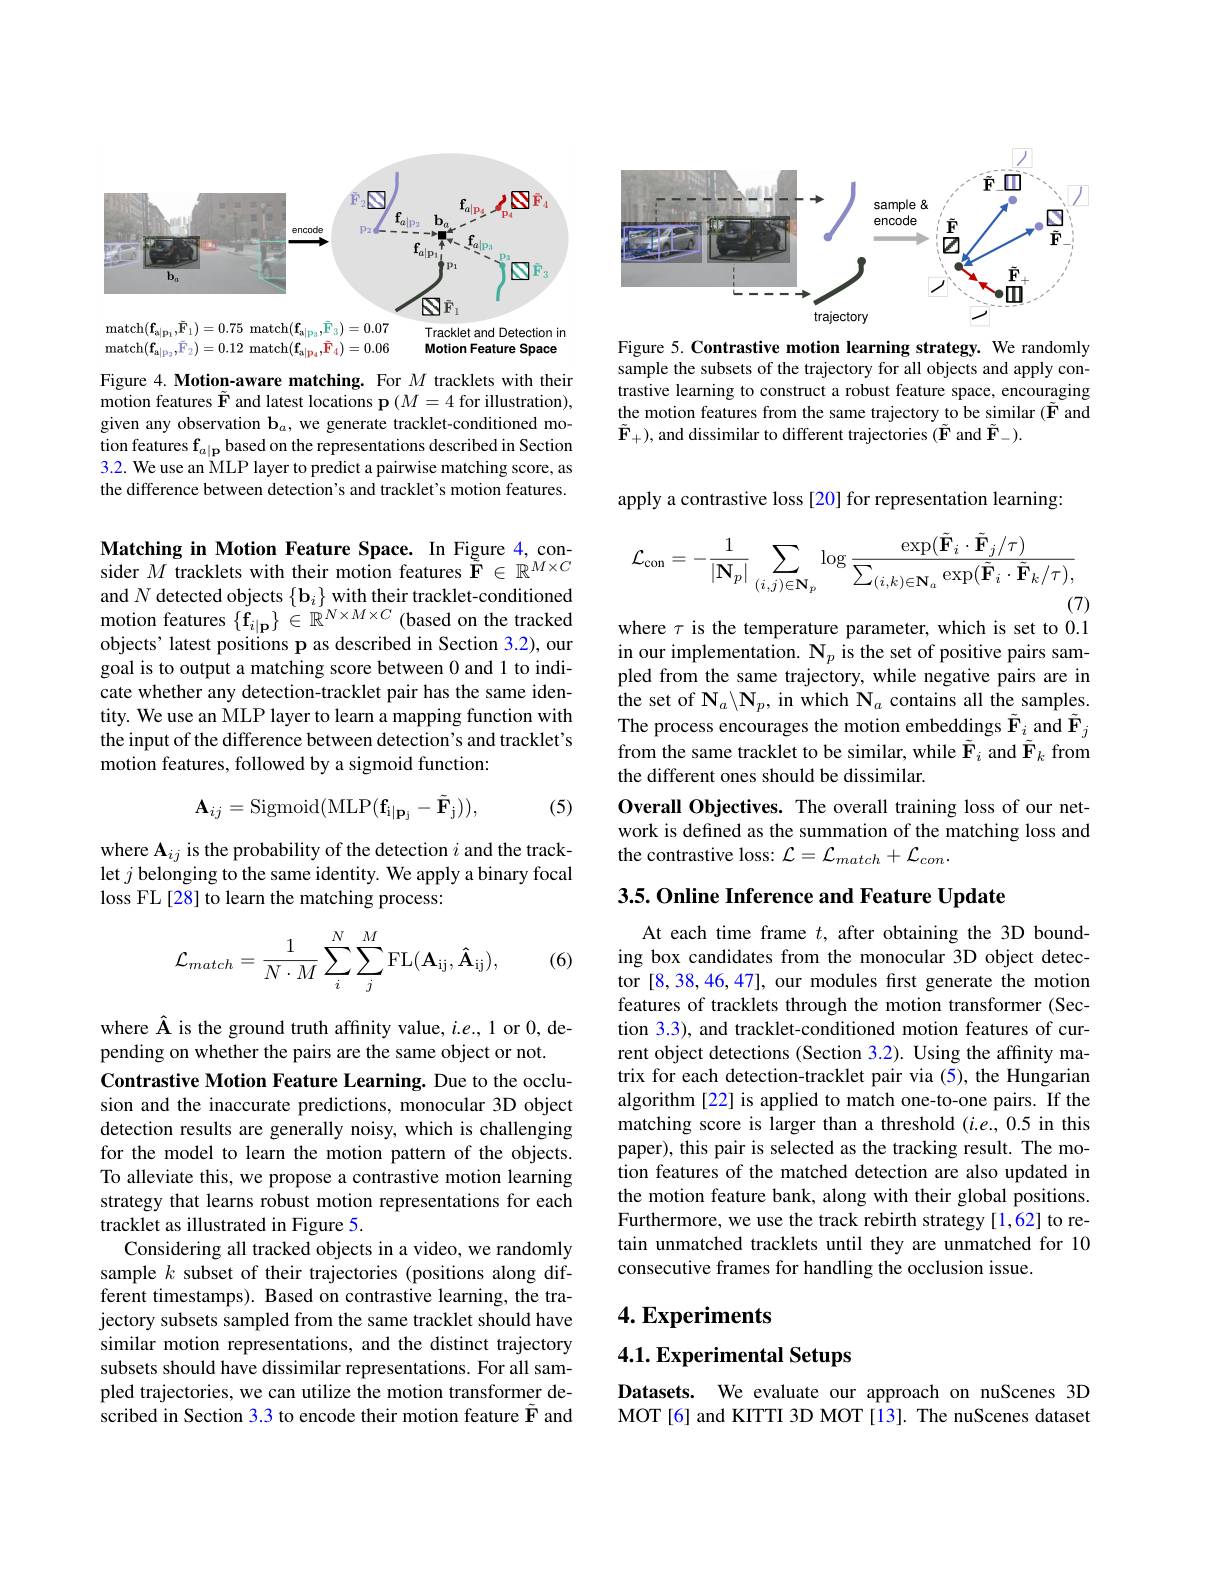
<FigureHere>

Figure 4. Motion-aware matching. For $M$ tracklets with their motion features $\tilde{\mathbf{F}}$ and latest locations p $(M=4$ for illustration), given any observation $\mathbf{b}_a$, we generate tracklet-conditioned mo- $\begin{array}{l}\text{tion features f}_{a|\mathbf{p}}\text{based on the representations described in Section}\\3.2.\text{ We use an MLP layer to predict a pairwise matching score, as}\end{array}$ the difference between detection's and tracklet's motion features.

$\begin{array}{l}\textbf{Matching in Motion Feature Space. In Figure 4,con-}\\\text{sider }M\text{ tracklets with their motion features F}\in\mathbb{R}^{M\times C}\end{array}$ $\begin{array}{l}\mathrm{and~}N\text{ detected objects }\{\mathbf{b}_{i}\}\text{ with their tracklet-conditioned}\\\mathrm{motion~features~}\{\mathbf{f}_{i|\mathbf{p}}\}\in\mathbb{R}^{N\times M\times C}\text{ (based on the tracked}\end{array}$ objects' latest positions p as described in Section 3.2), our goal is to output a matching score between 0 and 1 to indicate whether any detection-tracklet pair has the same identity. We use an MLP layer to learn a mapping function with the input of the difference between detection's and tracklet's motion features, followed by a sigmoid function:
$$\mathbf{A}_{ij}=\mathrm{Sigmoid}(\mathrm{MLP}(\mathbf{f}_{\mathrm{i}|\mathbf{p}_{\mathrm{j}}}-\tilde{\mathbf{F}}_{\mathrm{j}})),$$
(5)

where A$_ij$ is the probability of the detection $i$ and the tracklet $j$ belonging to the same identity. We apply a binary focal loss FL[28] to learn the matching process:
$$\mathcal{L}_{match}=\frac{1}{N\cdot M}\sum_{i}^{N}\sum_{j}^{M}\mathrm{FL}(\mathbf{A}_{\mathrm{ij}},\mathbf{\hat{A}}_{\mathrm{ij}}),$$
(6)

where Â is the ground truth affinity value, $i.e.$, 1 or 0,de-
pending on whether the pairs are the same object or not.
Contrastive Motion Feature Learning. Due to the occlusion and the inaccurate predictions, monocular 3D object detection results are generally noisy, which is challenging for the model to learn the motion pattern of the objects. To alleviate this, we propose a contrastive motion learning strategy that learns robust motion representations for each tracklet as illustrated in Figure 5.
Considering all tracked objects in a video, we randomly sample $k$ subset of their trajectories (positions along different timestamps). Based on contrastive learning, the trajectory subsets sampled from the same tracklet should have similar motion representations, and the distinct trajectory subsets should have dissimilar representations. For all sampled trajectories, we can utilize the motion transformer described in Section 3.3 to encode their motion feature $\tilde{\mathbf{F}}$ and

<FigureHere>

Figure 5. Contrastive motion learning strategy. We randomly sample the subsets of the trajectory for all objects and apply contrastive learning to construct a robust feature space, encouraging the motion features from the same trajectory to be similar ($\tilde{\mathbf{F}}$ and $\tilde{\mathbf{F}}_{+})$, and dissimilar to different trajectories ($\tilde{\mathbf{F}}$ and $\tilde{\mathbf{F}}_-).$

apply a contrastive loss [20] for representation learning:
$$\mathcal{L}_{\mathrm{con}}=-\frac{1}{|\mathbf{N}_{p}|}\sum_{(i,j)\in\mathbf{N}_{p}}\log\frac{\exp(\tilde{\mathbf{F}}_{i}\cdot\tilde{\mathbf{F}}_{j}/\tau)}{\sum_{(i,k)\in\mathbf{N}_{a}}\exp(\tilde{\mathbf{F}}_{i}\cdot\tilde{\mathbf{F}}_{k}/\tau),}$$
(7)

where $\tau$ is the temperature parameter, which is set to 0.1 in our implementation. $\mathbf{N}_p$ is the set of positive pairs sampled from the same trajectory, while negative pairs are in the set of $\mathbf{N}_a\backslash\mathbf{N}_p$, in which $\mathbf{N}_a$ contains all the samples. The process encourages the motion embeddings $\tilde{\mathbf{F}}_i$ and $\tilde{\mathbf{F}}_j$ from the same tracklet to be similar, while $\tilde{\mathbf{F}}_i$ and $\tilde{\mathbf{F}}_k$ from the different ones should be dissimilar.
Overall Objectives. The overall training loss of our network is defined as the summation of the matching loss and the contrastive loss: $\mathcal{L}=\mathcal{L}_match+\mathcal{L}_{con}.$

3.5. Online Inference and Feature Update

At each time frame $t$, after obtaining the 3D bounding box candidates from the monocular 3D object detector [8,38,46,47], our modules first generate the motion features of tracklets through the motion transformer (Section 3.3), and tracklet-conditioned motion features of current object detections (Section 3.2). Using the affinity matrix for each detection-tracklet pair via (5), the Hungarian algorithm [22] is applied to match one-to-one pairs. If the matching score is larger than a threshold $(i.e.,0.5$ in this paper), this pair is selected as the tracking result. The motion features of the matched detection are also updated in the motion feature bank, along with their global positions. Furthermore, we use the track rebirth strategy [1,62] to retain unmatched tracklets until they are unmatched for 10 consecutive frames for handling the occlusion issue.

# 4. Experiments

4.1. Experimental Setups

Datasets. We evaluate our approach on nuScenes 3D MOT[6] and KITTI 3D MOT[13]. The nuScenes dataset